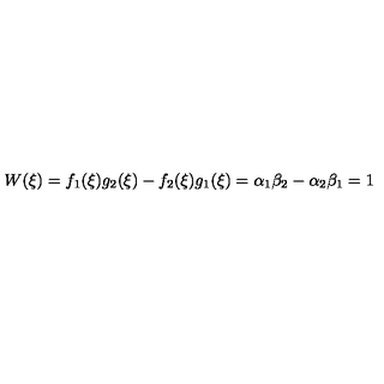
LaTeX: W ( \xi ) = f _ { 1 } ( \xi ) g _ { 2 } ( \xi ) - f _ { 2 } ( \xi ) g _ { 1 } ( \xi ) = \alpha _ { 1 } \beta _ { 2 } - \alpha _ { 2 } \beta _ { 1 } = 1